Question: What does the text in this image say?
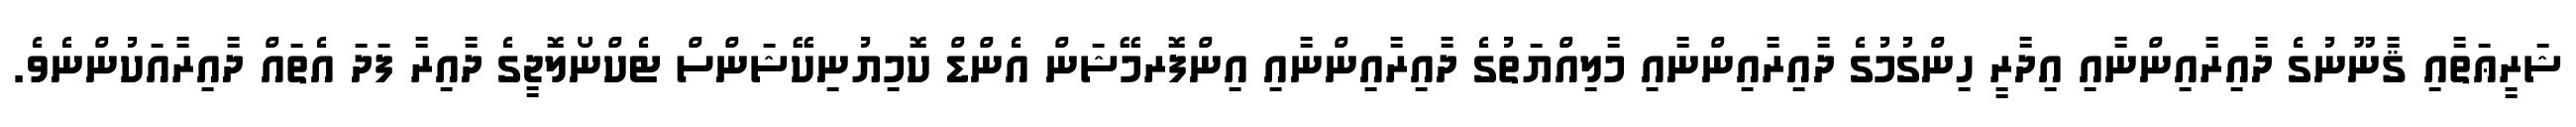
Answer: ޝަރީޢަތާއި ޤާނޫނުގެ ދާއިރާއިންނާއި އިދާރީ ހިންގުމުގެ ދާއިރާއިންނާއި މާލިއްޔަތުގެ ދާއިރާއިންނާއި އިންފޮރމޭޝަން އެންޑް ކޮމިޔުނިކޭޝަންސް ޓެކްނޯލޮޖީގެ ދާއިރާ ފަދަ އެތައް ދާއިރާއަކުންނެވެ.